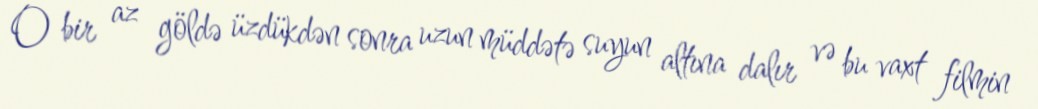
O bir az göldə üzdükdən sonra uzun müddətə suyun altına dalır və bu vaxt filmin